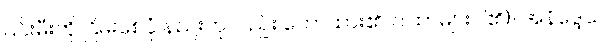
၎င်းမီးကို ငြိမ်းစေပုံ နည်းကိုလည်း ဟောထား၏၊ ဂါထာများပါ၏)။ အနိဒ္ဒေသ၊